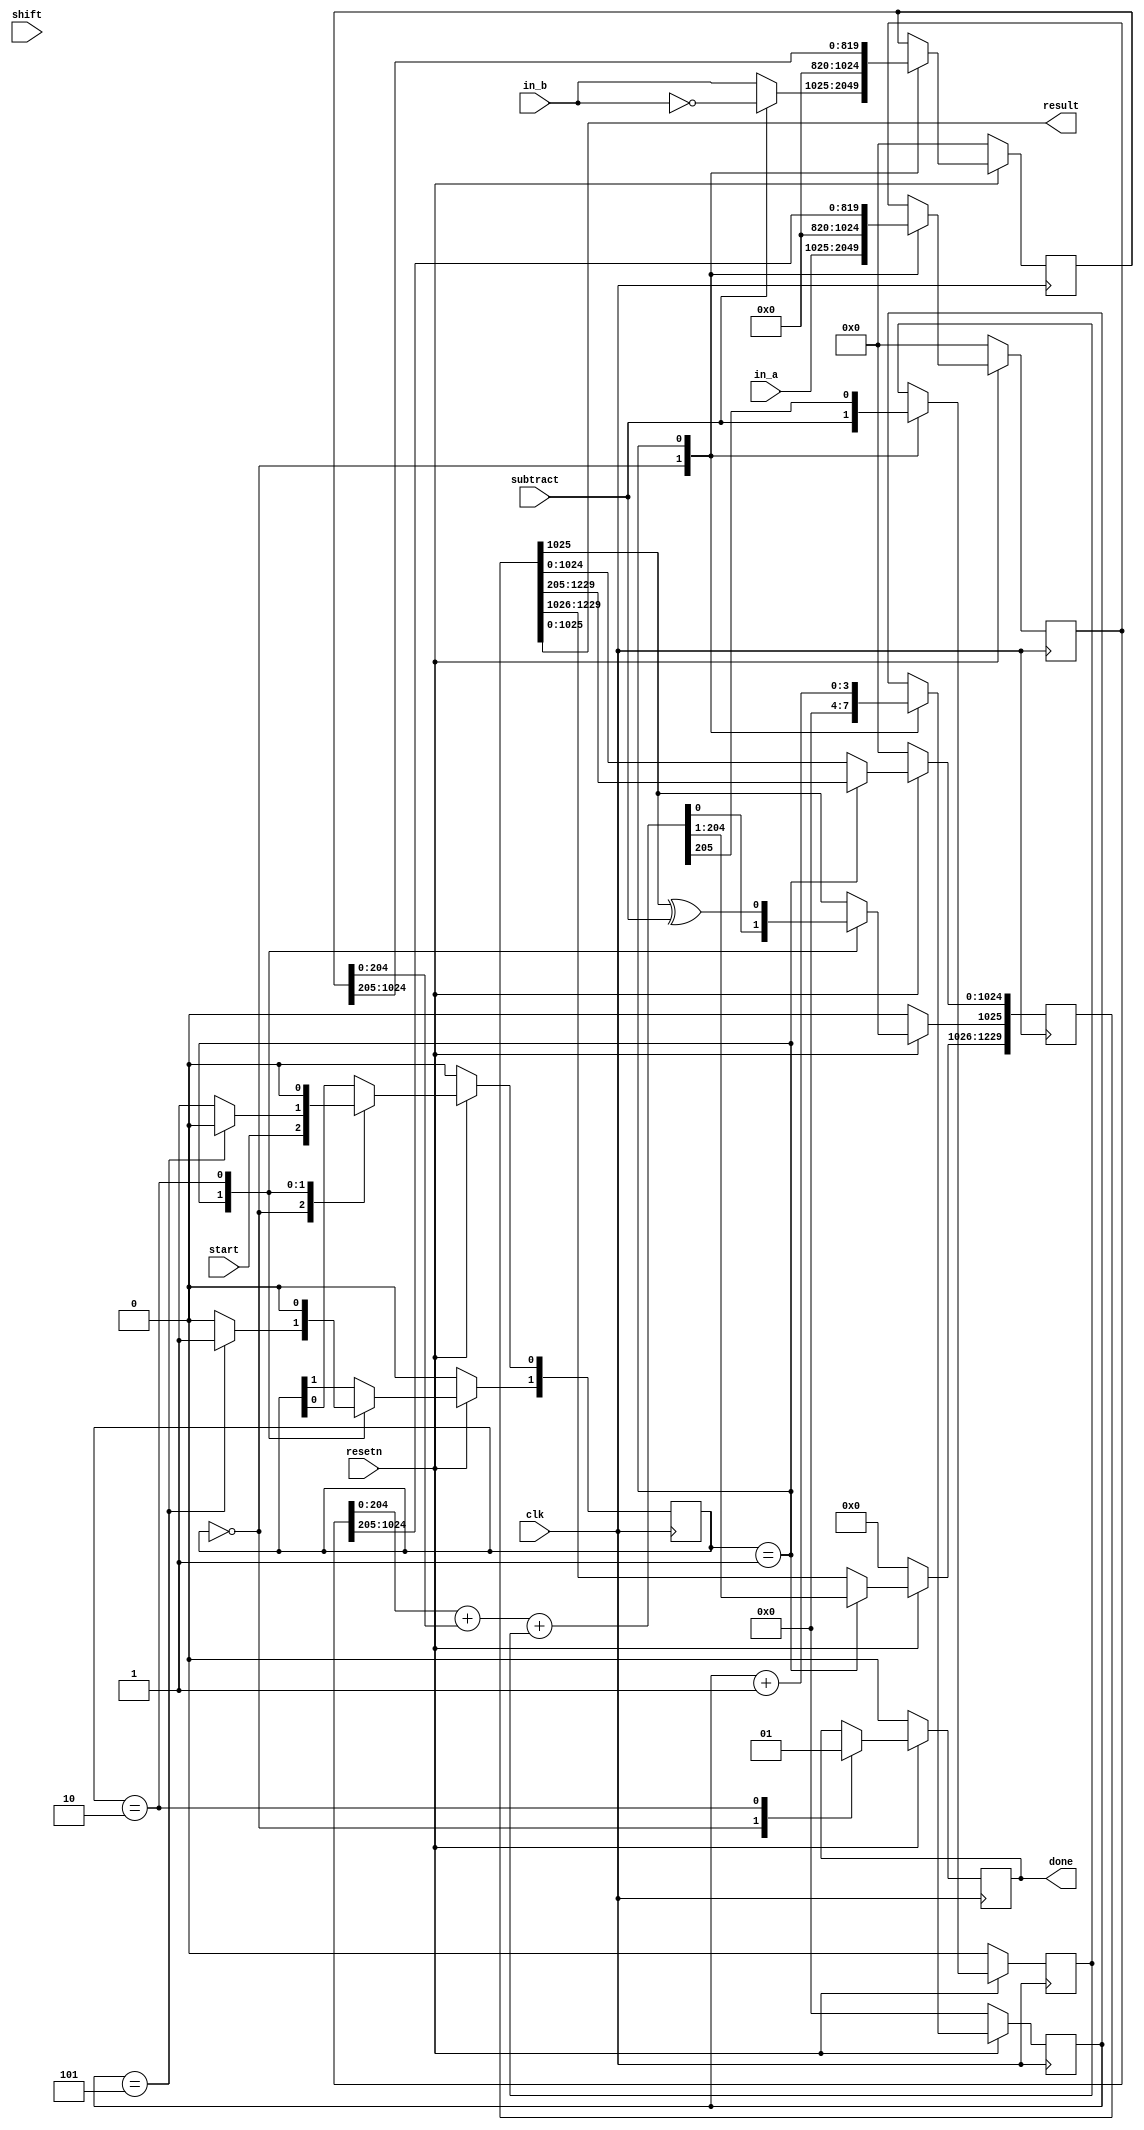
`timescale 1ns / 1ps

module adder(
    input wire clk,
    input wire resetn,
    input wire start,
    input wire subtract,
    input wire shift,
    input wire [1024:0] in_a,
    input wire [1024:0] in_b,    
    output wire [1025:0] result,
    output wire done    
    );

reg[1024:0] a, b;
reg c, d;
reg [1229:0] s;
reg [3:0]cntr;
wire [205:0] reg_result;
assign reg_result = a[204:0] + b[204:0] + c;
reg[1:0]state;

always @(posedge clk)
    begin
    if (resetn == 0) 
        begin
            a <= 0;
            b <= 0;
            c <= 0;
            cntr <= 0;
            d <= 0;
            s<=0;
            state<=2'b00;
         end
     else
     begin
     
     case(state)
          //Idle state
          2'b00: begin
            a <= in_a;
            c<=subtract;
            cntr <= 0;
            d <= 0;
            if (subtract==1)
                 begin
                 b<=~in_b;
                 end
            else
                 begin
                 b <= in_b;
                 end
            state[0] <= start;
          end
          //calculate state
          2'b01: begin
              cntr<=cntr+1;
              s <= {reg_result[204:0], s[1229:205]};
              c<=reg_result[205];
              a <= a>>205;
              b <= b>>205; 
              if(cntr==5)
                   begin
                  state<=2'b10;
                 end
              else
                  begin
                  state<=2'b01;
                  end
              end
          //latest bit state
          2'b10: begin
            s[1025]<=s[1025] ^ subtract;
            d<=1'b1;
            state<=2'b00;
            end
          endcase
       end
     end  
       
assign result = s[1025:0];
assign done = d;
endmodule